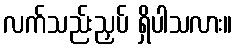
လက်သည်းညှပ် ရှိပါသလား။